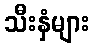
သီးနှံများ